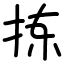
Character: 拣